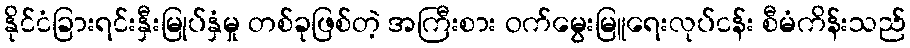
နိုင်ငံခြားရင်းနှီးမြုပ်နှံမှု တစ်ခုဖြစ်တဲ့ အကြီးစား ဝက်မွေးမြူရေးလုပ်ငန်း စီမံကိန်းသည်